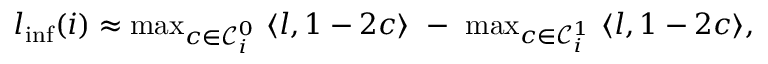
\begin{array} { r } { \boldsymbol { l } _ { \mathrm { i n f } } ( i ) \approx \operatorname * { m a x } _ { \boldsymbol { c } \in \mathcal { C } _ { i } ^ { 0 } } ~ \langle \boldsymbol { l } , 1 - 2 { \boldsymbol { c } } \rangle ~ - ~ \operatorname * { m a x } _ { \boldsymbol { c } \in \mathcal { C } _ { i } ^ { 1 } } ~ \langle \boldsymbol { l } , 1 - 2 { \boldsymbol { c } } \rangle , } \end{array}